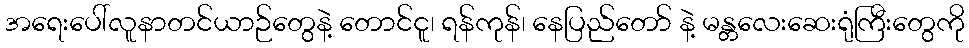
အရေးပေါ်လူနာတင်ယာဉ်တွေနဲ့ တောင်ငူ၊ ရန်ကုန်၊ နေပြည်တော် နဲ့ မန္တလေးဆေးရုံကြီးတွေကို